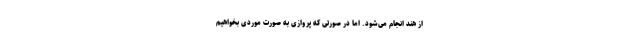
از هند انجام می‌شود. اما در صورتی که پروازی به صورت موردی بخواهیم